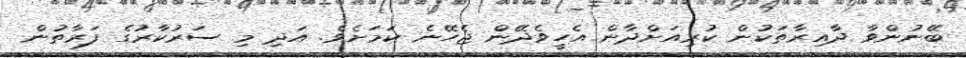
ބޭނުންވާ ދާއިރާތަކުން ކުރިއަށްދާން އެހީވެދޭން ޖެހޭނެ ކަމަށެވެ. އަދި މި ސަރުކާރުގެ ފަރާތުން